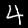
Label: 4